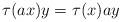
LaTeX: \begin{align*} \tau(ax)y=\tau(x)ay \end{align*}